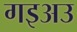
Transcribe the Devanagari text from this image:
गइअउ